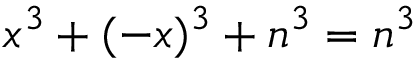
x ^ { 3 } + ( - x ) ^ { 3 } + n ^ { 3 } = n ^ { 3 }